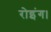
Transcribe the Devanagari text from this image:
रोइंग।